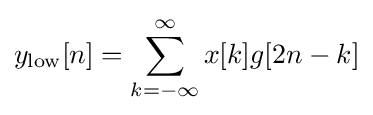
y_{\mathrm {low} }[n]=\sum \limits _{k=-\infty }^{\infty }{x[k]g[2n-k]}